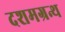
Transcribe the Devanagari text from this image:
दशमग्रन्थ